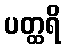
ပတ္ထရိ